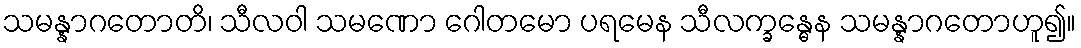
သမန္နာဂတောတိ၊ သီလဝါ သမဏော ဂေါတမော ပရမေန သီလက္ခန္ဓေန သမန္နာဂတောဟူ၍။